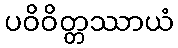
ပဝိဝိတ္တဿာယံ